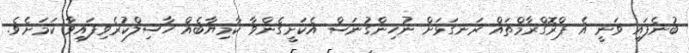
ބުނެފައި ވަނީ އެ ޕްރޮގްރާމްތައް ރަނގަޅަށް ނުހިންގުނަސް އެކަށީގެންވާ ކާމިޔާބެއް ހާސިލްކުރެވިފައިވާ ކަމަށެވެ.